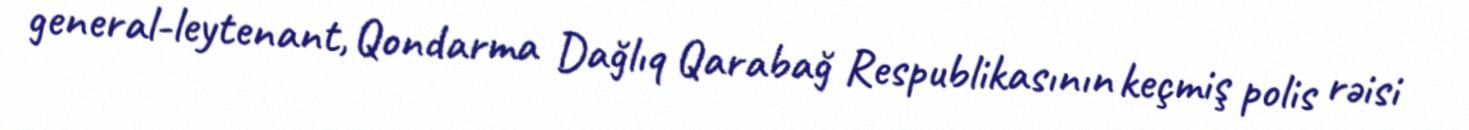
general-leytenant, Qondarma Dağlıq Qarabağ Respublikasının keçmiş polis rəisi